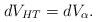
LaTeX: \begin{align*} dV_{HT}=dV_{\alpha}. \end{align*}